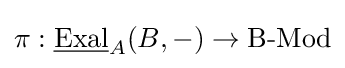
\pi :{\underline {\text{Exal}}}_{A}(B,-)\to {\text{B-Mod}}